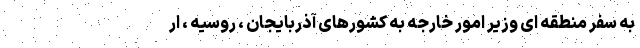
به سفر منطقه ای وزیر امور خارجه به کشورهای آذربایجان ، روسیه ، ار